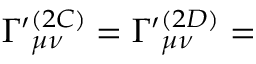
\Gamma ^ { \prime } { } _ { \mu \nu } ^ { ( 2 C ) } = \Gamma ^ { \prime } { } _ { \mu \nu } ^ { ( 2 D ) } =